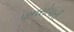
પાનસોપારી